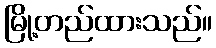
မြို့တည်ထားသည်။